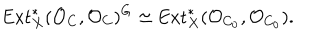
\mathrm { E x t } _ { X } ^ { * } ( { \cal O } _ { C } , { \cal O } _ { C } ) ^ { G } \simeq \mathrm { E x t } _ { X } ^ { * } ( { \cal O } _ { C _ { 0 } } , { \cal O } _ { C _ { 0 } } ) .